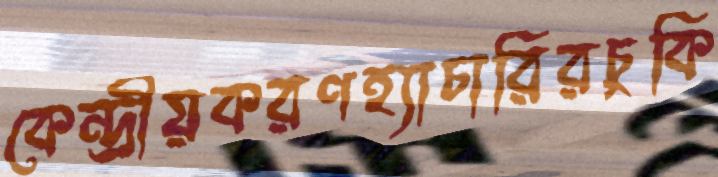
কেন্দ্রীয়করণহ্যাচারিরচুকি